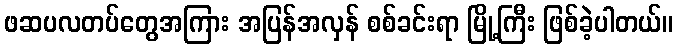
ဖဆပလတပ်တွေအကြား အပြန်အလှန် စစ်ခင်းရာ မြို့ကြီး ဖြစ်ခဲ့ပါတယ်။